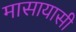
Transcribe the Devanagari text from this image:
मासायासी